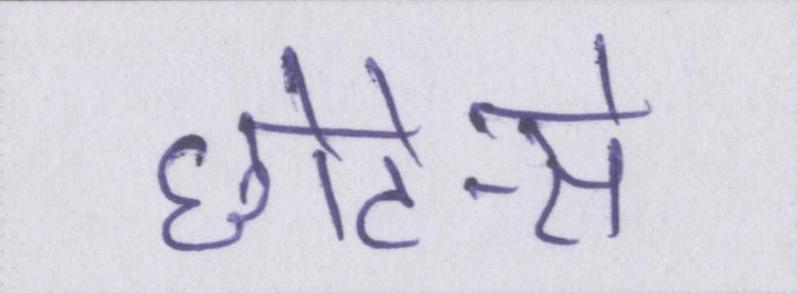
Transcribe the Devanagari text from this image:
छोटे-से